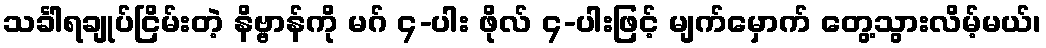
သင်္ခါရချုပ်ငြိမ်းတဲ့ နိဗ္ဗာန်ကို မဂ် ၄-ပါး ဖိုလ် ၄-ပါးဖြင့် မျက်မှောက် တွေ့သွားလိမ့်မယ်၊